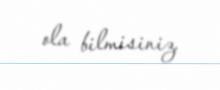
ola bilmisiniz.